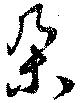
朶